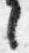
々